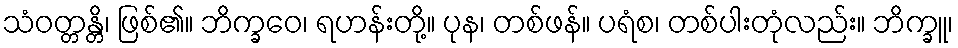
သံဝတ္တန္တိ၊ ဖြစ်၏။ ဘိက္ခဝေ၊ ရဟန်းတို့။ ပုန၊ တစ်ဖန်။ ပရံစ၊ တစ်ပါးတုံလည်း။ ဘိက္ခူ၊